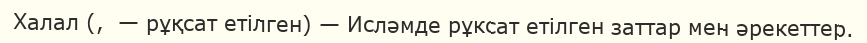
Халал (,  — рұқсат етілген) — Исләмде рұксат етілген заттар мен әрекеттер.